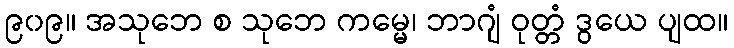
၉၀၉။ အသုဘေ စ သုဘေ ကမ္မေ၊ ဘာဂျံ ဝုတ္တံ ဒွယေ ပျထ။